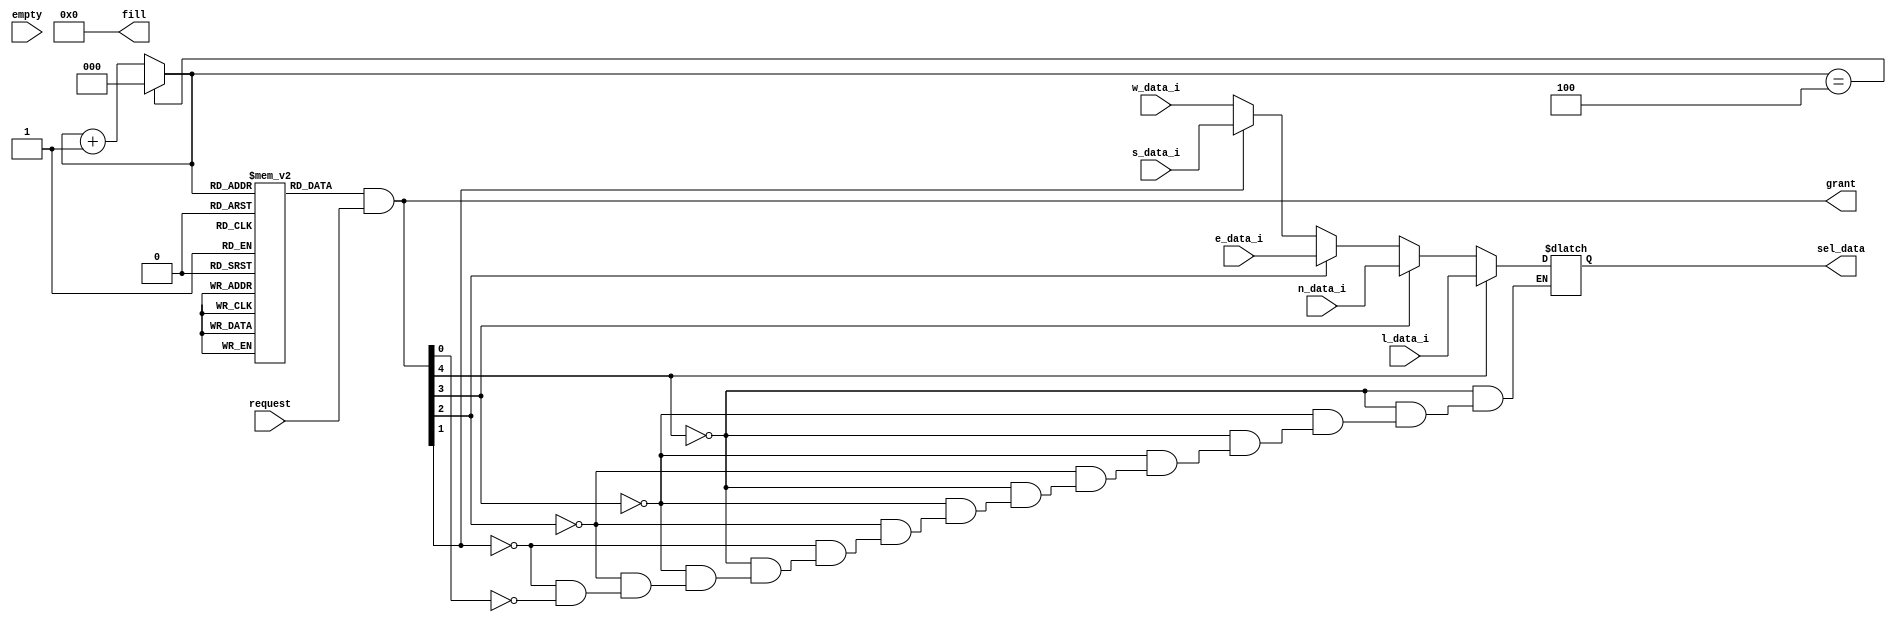
module allocator #(
    parameter data_size = 8,
    parameter mask_cnt_init = 1,
    parameter mask_cnt_delay = 1   
)(
    input [4:0] empty,
    input [4:0] request,
    output reg [4:0] fill,
    output reg [4:0] grant,
    input [data_size-1:0] l_data_i,
    input [data_size-1:0] n_data_i,
    input [data_size-1:0] e_data_i,
    input [data_size-1:0] s_data_i,
    input [data_size-1:0] w_data_i,
    output reg [data_size-1:0] sel_data     
);
// reg, wire, parameter
reg [4:0] mask [0:4];
reg [2:0] mask_cnt;
reg [4:0] mask_dat;

// initialization
initial begin
    mask[0] = 5'b10000;
    mask[1] = 5'b01000;
    mask[2] = 5'b00100;
    mask[3] = 5'b00010;
    mask[4] = 5'b00001;

    mask_cnt = mask_cnt_init;

    grant = 0;
    fill = 0;
    sel_data = 0;
end

// algorithm
always @(mask_cnt) begin
    if(mask_cnt == 4) begin
        mask_cnt <= #(mask_cnt_delay) 3'b000;
    end
    else begin
        mask_cnt <= #(mask_cnt_delay) mask_cnt + 1'b1;
    end
end

always @(mask_cnt or request) begin // priority change grant
    grant = mask[mask_cnt] & request;
end

always @(grant) begin // data selection
    if(grant[4]) begin
        #2 sel_data = l_data_i;
    end
    else if(grant[3]) begin
        #2 sel_data = n_data_i;
    end
    else if(grant[2]) begin
        #2 sel_data = e_data_i;
    end
    else if(grant[1]) begin
        #2 sel_data = s_data_i;
    end
    else if(grant[0]) begin
        #2 sel_data = w_data_i;        
    end
    else begin
        sel_data = sel_data;
    end
end

always @(sel_data) begin // multicasting
    #1 fill = empty;
    #1 fill = 0;
end

endmodule